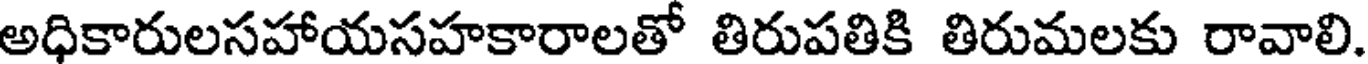
అధికారులసహాయసహకారాలతో తిరుపతికి తిరుమలకు రావాలి.